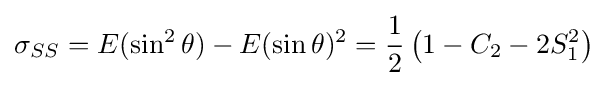
\sigma _{SS}=E(\sin ^{2}\theta )-E(\sin \theta )^{2}={\frac {1}{2}}\left(1-C_{2}-2S_{1}^{2}\right)